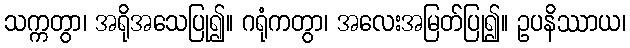
သက္ကတွာ၊ အရိုအသေပြု၍။ ဂရုံကတွာ၊ အလေးအမြတ်ပြု၍။ ဥပနိဿာယ၊